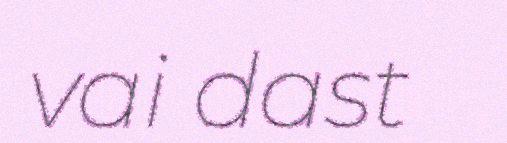
vai dast